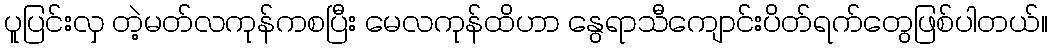
ပူပြင်းလှ တဲ့မတ်လကုန်ကစပြီး မေလကုန်ထိဟာ နွေရာသီကျောင်းပိတ်ရက်တွေဖြစ်ပါတယ်။